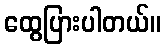
ထွေပြားပါတယ်။